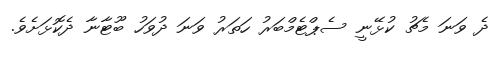
ދެ ވަނަ މެޗު ކުޅޭނީ ސެޕްޓެމްބަރު ހަތަރު ވަނަ ދުވަހު ބޫޓާނާ ދެކޮޅަށެވެ.